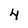
Character: 4